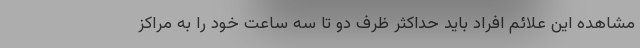
مشاهده این علائم افراد باید حداکثر ظرف دو تا سه ساعت خود را به مراکز